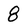
Character: 8